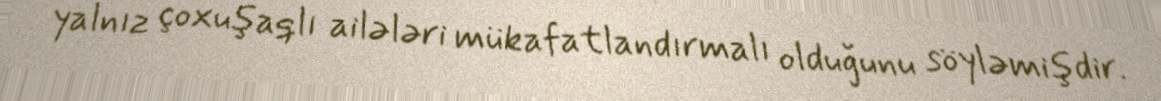
yalnız çoxuşaqlı ailələri mükafatlandırmalı olduğunu söyləmişdir.